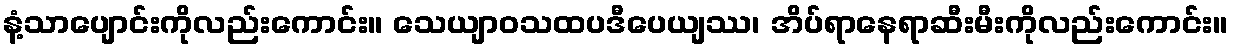
နံ့သာပျောင်းကိုလည်းကောင်း။ သေယျာဝသထပဒီပေယျဿ၊ အိပ်ရာနေရာဆီးမီးကိုလည်းကောင်း။